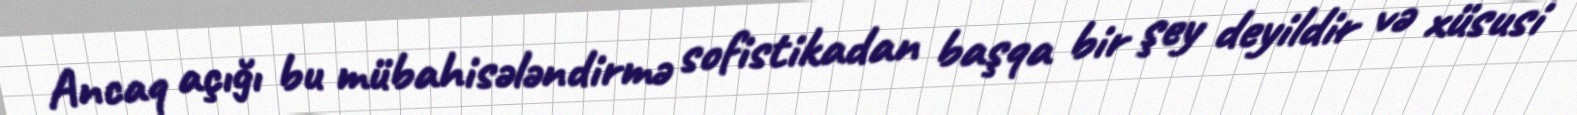
Ancaq açığı bu mübahisələndirmə sofistikadan başqa bir şey deyildir və xüsusi